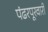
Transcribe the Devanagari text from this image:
पंढरपूरवारी